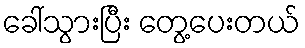
ခေါ်သွားပြီး တွေ့ပေးတယ်